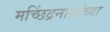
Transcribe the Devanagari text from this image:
मच्छिंद्रनाथांच्या